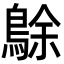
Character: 鵌